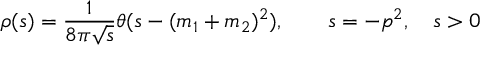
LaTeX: \rho ( s ) = { \frac { 1 } { 8 \pi \sqrt { s } } } \theta ( s - ( m _ { 1 } + m _ { 2 } ) ^ { 2 } ) , \qquad s = - p ^ { 2 } , \quad s > 0